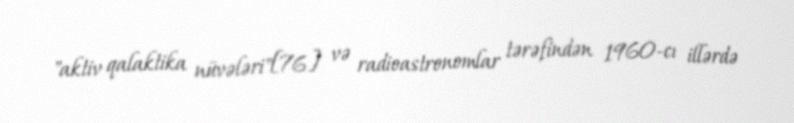
"aktiv qalaktika nüvələri"[76] və radioastronomlar tərəfindən 1960-cı illərdə